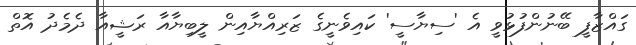
ގައްޒާފީ ބޭނުންފުޅުވީ އެ 'ސިޔާސީ' ކައިވެނީގެ ޒަރިއްޔާއިން ލީބިޔާއާ ރަޝީއާ ދެމެދު އޮތް